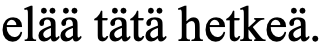
elää tätä hetkeä.